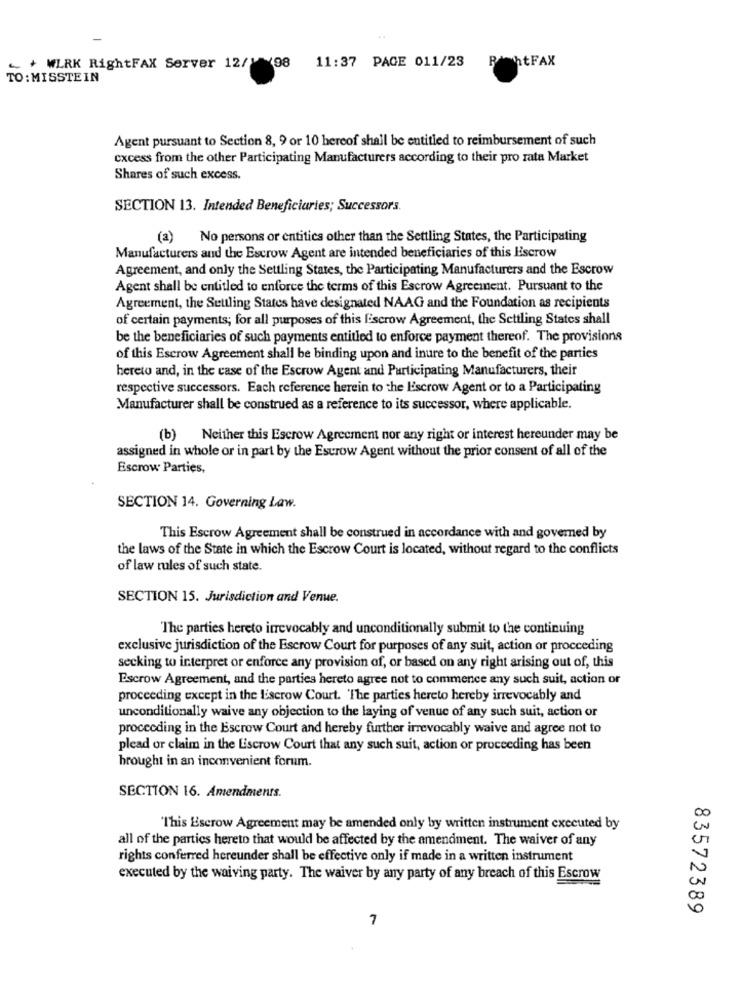
+ WIRK RightFAX Server 12/ 198 11:37 PAGE 011/23
PontFAX
TO : MISSTEIN
Agent pursuant to Section 8, 9 or 10 hereof shall be entitled to reimbursement of such
excess from the other Participating Manufacturers according to their pro rata Market
Shares of such excess.
SECTION 13. Intended Beneficiaries; Successors.
(a) No persons or entities other than the Settling States, the Participating
Manufacturers and the Escrow Agent are intended beneficiaries of this Escrow
Agreement, and only the Settling States, the Participating Manufacturers and the Escrow
Agent shall be entitled to enforce the terms of this Escrow Agreement. Pursuant to the
Agreement, the Seuling States have designated NAAG and the Foundation as recipients
of certain payments; for all purposes of this Escrow Agreement, the Settling States shall
be the beneficiaries of such payments entitled to enforce payment thereof. The provisions
of this Escrow Agreement shall be binding upon and inure to the benefit of the parties
hereto and, in the case of the Escrow Agent and Participating Manufacturers, their
respective successors. Each reference herein to the Escrow Agent or to a Participating
Manufacturer shall be construed as a reference to its successor, where applicable.
(b) Neither this Escrow Agreement nor any right or interest hereunder may be
assigned in whole or in part by the Escrow Agent without the prior consent of all of the
Escrow Parties,
SECTION 14. Governing Law.
This Escrow Agreement shall be construed in accordance with and governed by
the laws of the State in which the Escrow Court is located, without regard to the conflicts
of law rules of such state.
SECTION 15. Jurisdiction and Venue.
The parties hereto itrevocably and unconditionally submit to the continuing
exclusive jurisdiction of the Escrow Court for purposes of any suit, action or proceeding
secking to interpret or enforce any provision of, or based on any right arising out of, this
Escrow Agreement, and the parties hereto agree not to commence any such suit, action or
proceeding except in the Escrow Court. The parties hereto hereby irrevocably and
unconditionally waive any objection to the laying of venue of any such suit, action or
proceeding in the Escrow Court and hereby further irrevocably waive and agree not to
plead or claim in the Escrow Court that any such suit, action or proceeding has been
brought in an inconvenient forum.
SECTION 16. Amendments.
00
"This Escrow Agreement may be amended only by written instrument executed by
all of the parties hereto that would be affected by the amendment. The waiver of any
rights conferred hereunder shall be effective only if made in a written instrument
executed by the waiving party. The waiver by any party of any breach of this Escrow
00
83572389
7